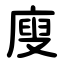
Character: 廋